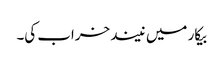
بیکار میں نیند خراب کی۔